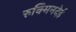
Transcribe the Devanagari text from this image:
रुक्मिनदेई